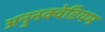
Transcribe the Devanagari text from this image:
अनुनक्वेडियम